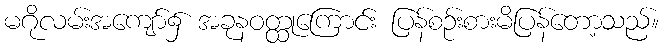
မဂိုလမ်းအကျော်၌ အခုနဝတ္ထုကြောင်း ပြန်စဉ်းစားမိပြန်တော့သည်။